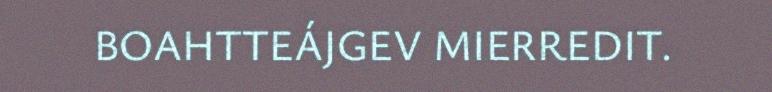
BOAHTTEÁJGEV MIERREDIT.